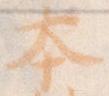
本